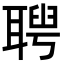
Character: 𦖳